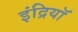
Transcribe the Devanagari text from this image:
इंद्रियॉ